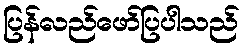
ပြန်လည်ဖော်ပြပါသည်